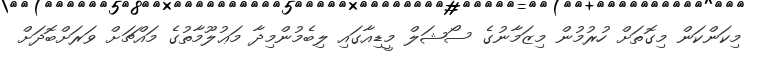
މިކަންކަން މިގޮތަށް ހުރުމުން މިޒަމާނުގެ ސޯޝަލް މީޑިއާގައި ލިބެމުންމިދާ މަޢުލޫމާތުގެ މައްޗަށް ވަރަށްބޮދަށް